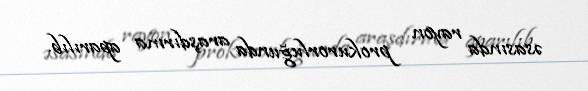
əsasında rayon prokurorluğunda araşdırma aparılıb.